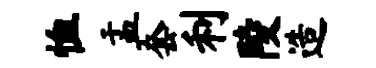
恤盂套利陵造